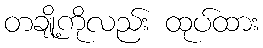
တချို့ကိုလည်း ထုပ်ထား